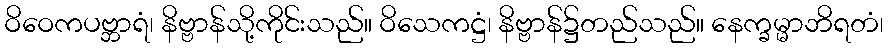
ဝိဝေကပဗ္ဘာရံ၊ နိဗ္ဗာန်သို့ကိုင်းသည်။ ဝိသေကဋ္ဌံ၊ နိဗ္ဗာန်၌တည်သည်။ နေက္ခမ္မာဘိရတံ၊